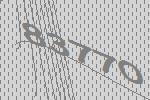
83770